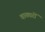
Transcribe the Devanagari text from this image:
चायघरों